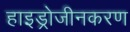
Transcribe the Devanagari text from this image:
हाइड्रोजीनकरण